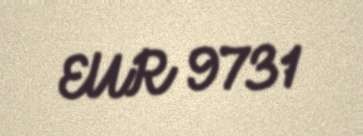
EUR 9731